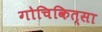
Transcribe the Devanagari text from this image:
गोचिकित्सा